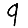
Digit: 9